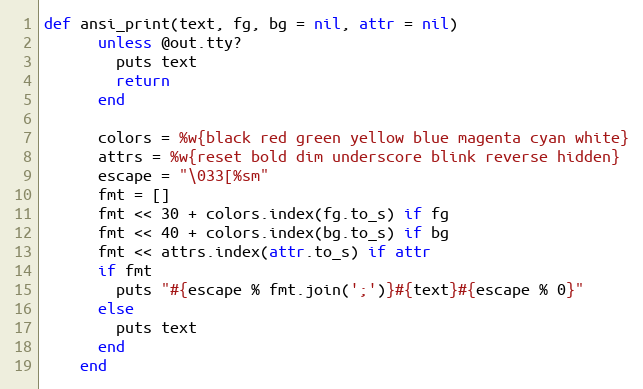
Language: Ruby
def ansi_print(text, fg, bg = nil, attr = nil)
      unless @out.tty?
        puts text
        return
      end

      colors = %w{black red green yellow blue magenta cyan white}
      attrs = %w{reset bold dim underscore blink reverse hidden}
      escape = "\033[%sm"
      fmt = []
      fmt << 30 + colors.index(fg.to_s) if fg
      fmt << 40 + colors.index(bg.to_s) if bg
      fmt << attrs.index(attr.to_s) if attr
      if fmt
        puts "#{escape % fmt.join(';')}#{text}#{escape % 0}"
      else
        puts text
      end
    end